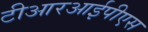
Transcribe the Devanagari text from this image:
टीआरआईपीएस